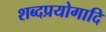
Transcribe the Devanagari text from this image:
शब्दप्रयोगादि